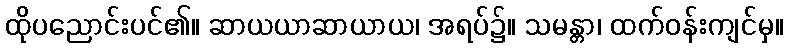
ထိုပညောင်းပင်၏။ ဆာယယာဆာယာယ၊ အရပ်၌။ သမန္တာ၊ ထက်ဝန်းကျင်မှ။